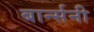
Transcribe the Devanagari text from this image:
बार्न्सनी